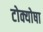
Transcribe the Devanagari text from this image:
टोक्योषा